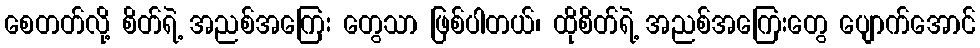
စေတတ်လို့ စိတ်ရဲ့ အညစ်အကြေး တွေသာ ဖြစ်ပါတယ်၊ ထိုစိတ်ရဲ့ အညစ်အကြေးတွေ ပျောက်အောင်